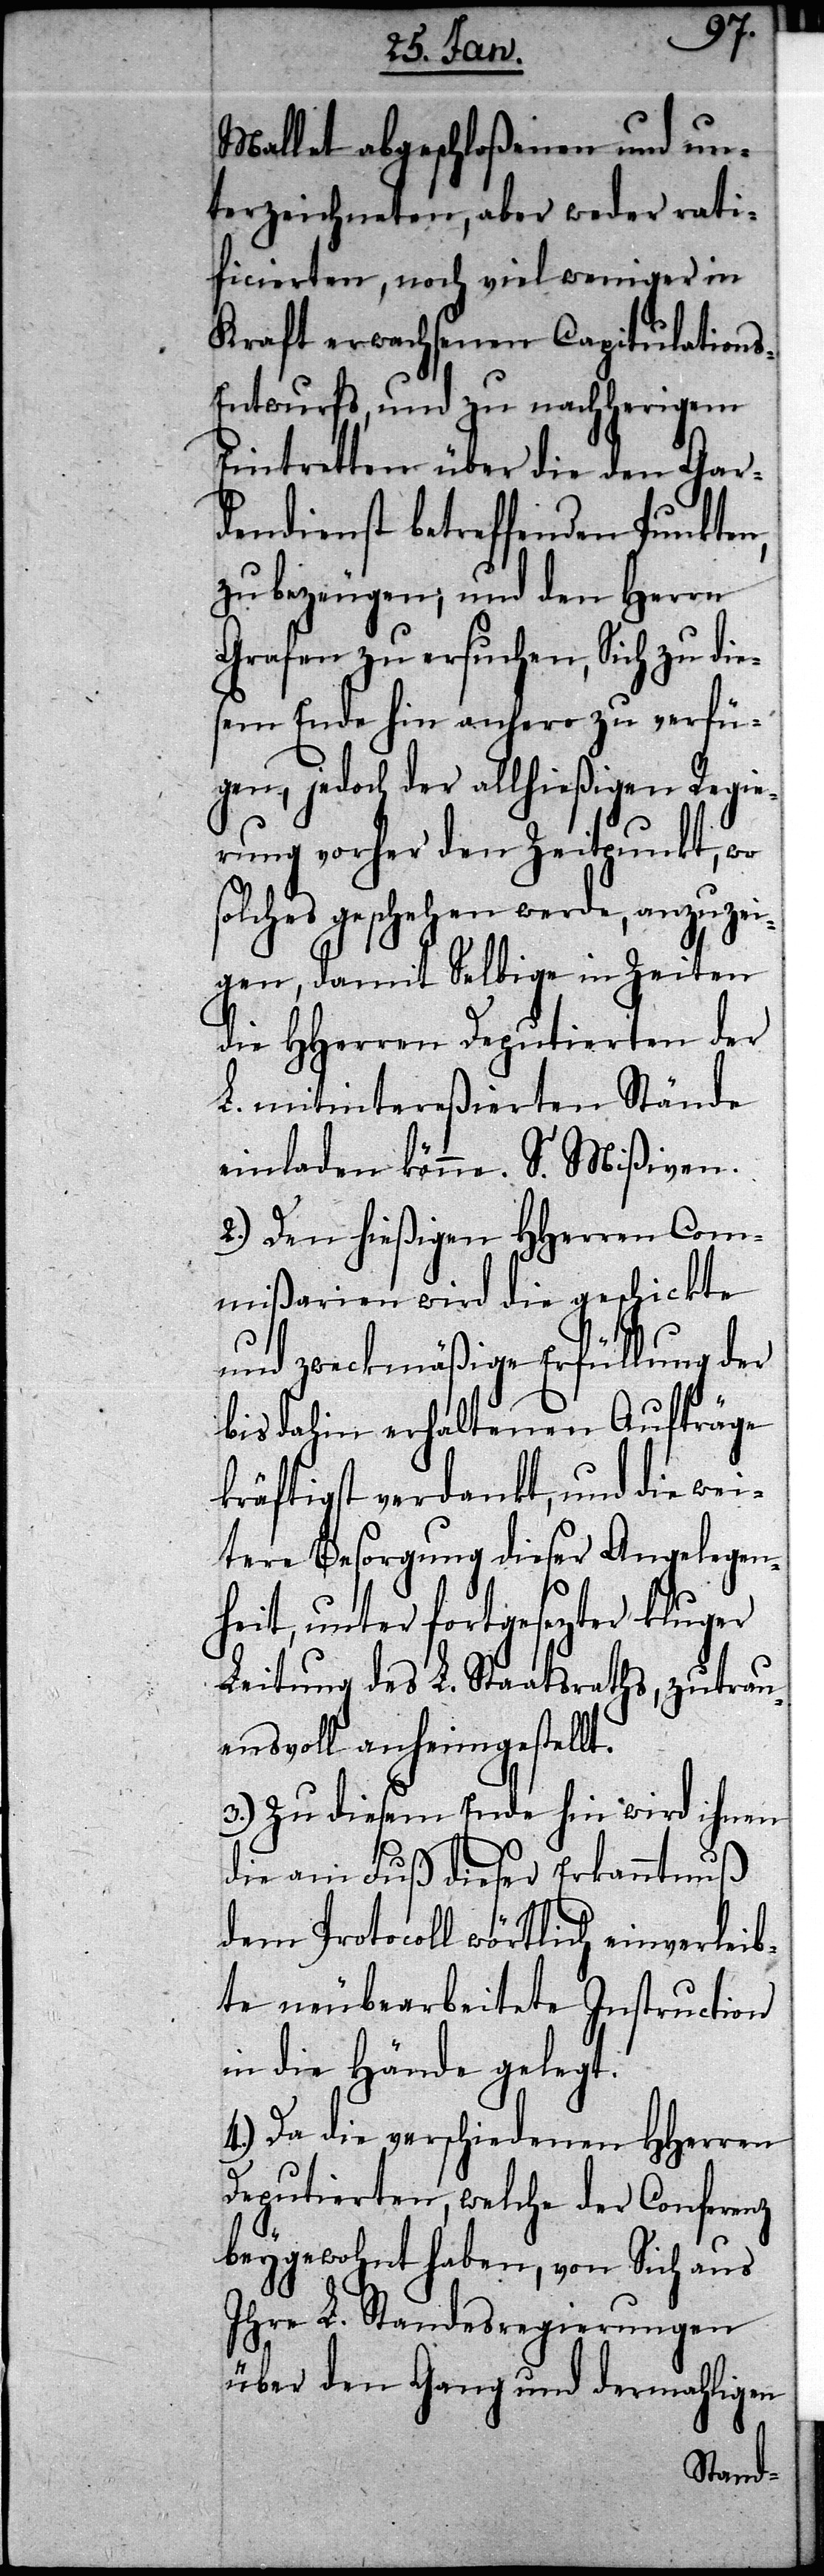
Mallet abgeschloßenen und un¬
terzeichneten, aber weder rati¬
ficierten, noch viel weniger in
Kraft erwachsenen Capitulation¬
s-Entwurfs, und zu nachherigem
Eintretten über die den Gar¬
dendienst betreffenden Punkten,
zu bezeugen; und den Herrn
Grafen zu ersuchen, Sich zu die¬
sem Ende hin anhero zu verfü¬
gen, jedoch der allhießigen Regie¬
rung vorher den Zeitpunkt, wo
solches geschehen werde, anzuzei¬
gen, damit Selbige in Zeiten
die HHerren Deputierten der
L. mitintereßierten Stände
einladen könne. S. Mißiven.
2.) Den hießigen HHerren Com¬
mißarien wird die geschickte
und zweckmäßige Erfüllung der
bis dahin erhaltenen Aufträge
kräftigst verdankt, und die wei¬
tere Besorgung dieser Angelegen¬
heit, unter fortgesezter kluger
Leitung des L. Staatsraths, zutrau¬
ensvoll anheimgestellt.
3.) Zu diesem Ende hin wird ihnen
die am Fuß dieser Erkanntnuß
dem Protocoll wörtlich einverleib¬
te neubearbeitete Instruction
in die Hände gelegt.
4.) Da die verschiedenen HHerren
Deputierten, welche der Conferenz
beygewohnt haben, von Sich aus
Ihre L. Standesregierungen
über den Gang und dermahligen